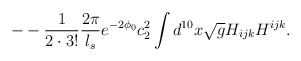
\begin{align*}- -\frac{1}{2\cdot3!}\frac{2\pi}{l_s}e^{-2\phi_0}c_2^2 \int d^{10}x\sqrt{g}H_{ijk}H^{ijk}.\end{align*}